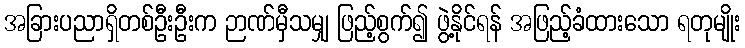
အခြားပညာရှိတစ်ဦးဦးက ဉာဏ်မှီသမျှ ဖြည့်စွက်၍ ဖွဲ့နိုင်ရန် အဖြည့်ခံထားသော ရတုမျိုး